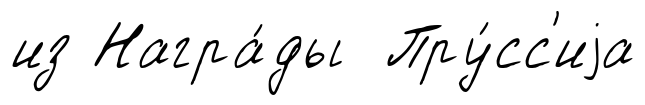
из Награ́ды Пру́сс'иjа